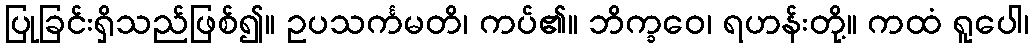
ပြုခြင်းရှိသည်ဖြစ်၍။ ဥပသင်္ကမတိ၊ ကပ်၏။ ဘိက္ခဝေ၊ ရဟန်းတို့။ ကထံ ရူပေါ၊